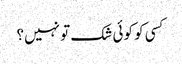
کسی کو کوئی شک تو نہیں؟